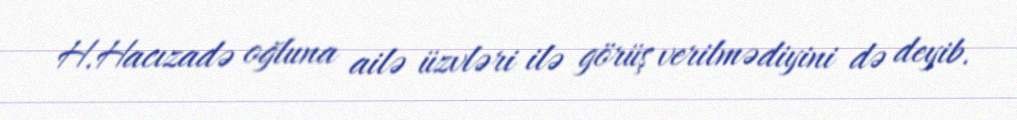
H.Hacızadə oğluna ailə üzvləri ilə görüş verilmədiyini də deyib.